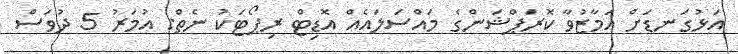
އަޅުގަނޑަށް އަމާޒުވާ ކޮރަޕްޝަންގެ މައްސަލައެއް އޮޑިޓް ރިޕޯޓަކު ނެތް: އުމަރު 5 ދުވަސް